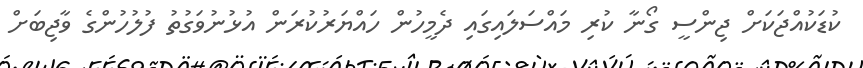
ކުޑަކުއްޖަކަށް ޖިންސީ ގޯނާ ކުރި މައްސަލައިގައި ދެމީހުން ހައްޔަރުކުރަން އުޅުނުވަގުތު ފުލުހުންގެ ވާޖިބަށް